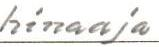
hinaaja